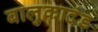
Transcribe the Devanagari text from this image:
बालुकादंड